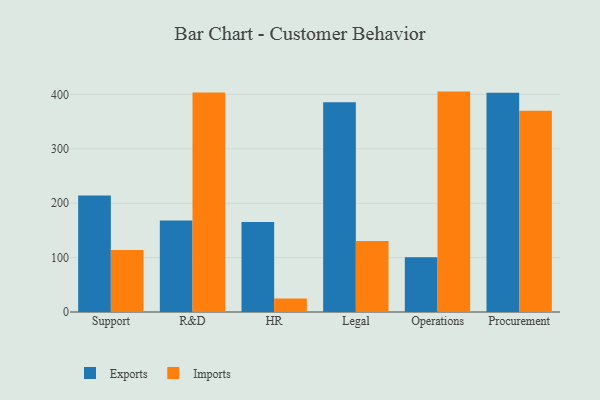
{"axis": {"x": "Department", "y": "Page Views"}, "legend": ["Exports", "Imports"], "data": [{"x": "Support", "y": 214.4, "type": "Exports"}, {"x": "Support", "y": 114.0, "type": "Imports"}, {"x": "R&D", "y": 168.4, "type": "Exports"}, {"x": "R&D", "y": 403.6, "type": "Imports"}, {"x": "HR", "y": 165.6, "type": "Exports"}, {"x": "HR", "y": 24.8, "type": "Imports"}, {"x": "Legal", "y": 385.8, "type": "Exports"}, {"x": "Legal", "y": 130.6, "type": "Imports"}, {"x": "Operations", "y": 100.8, "type": "Exports"}, {"x": "Operations", "y": 405.2, "type": "Imports"}, {"x": "Procurement", "y": 403.1, "type": "Exports"}, {"x": "Procurement", "y": 370.1, "type": "Imports"}]}